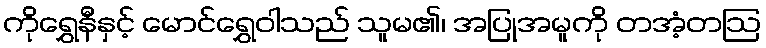
ကိုရွှေနီနှင့် မောင်ရွှေဝါသည် သူမ၏၊ အပြုအမူကို တအံ့တဩ